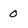
Character: 0